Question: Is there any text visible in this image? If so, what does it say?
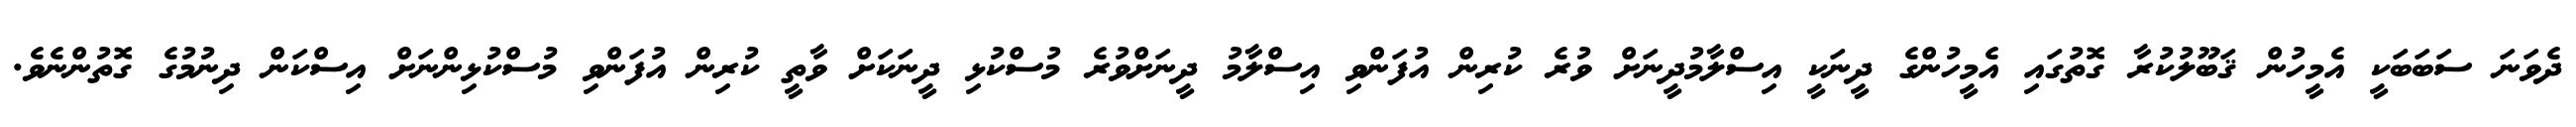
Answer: ދެވަނަ ސަބަބަކީ އެމީހުން ޤަބޫލުކުރާ ގޮތުގައި އެމީހުންގެ ދީނަކީ އިސްލާމުދީނަށް ވުރެ ކުރިން އުފަންވި އިސްލާމު ދީނަށްވުރެ މުސްކުޅި ދީނަކަށް ވާތީ ކުރިން އުފަންވި މުސްކުޅިންނަށް އިސްކަން ދިނުމުގެ ގޮތުންނެވެ.